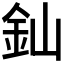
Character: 𨥉